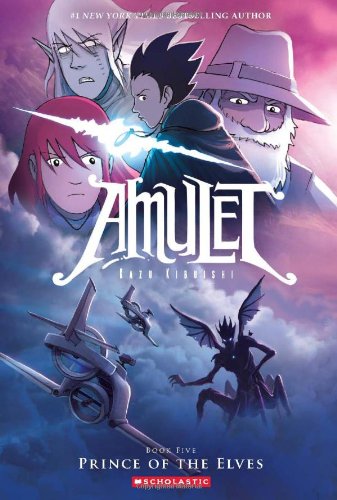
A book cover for Prince of the Elves (Amulet #5); Kazu Kibuishi; Children's Books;